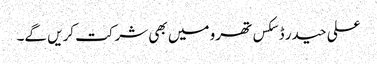
علی حیدر ڈسکس تھرو میں بھی شرکت کریں گے۔